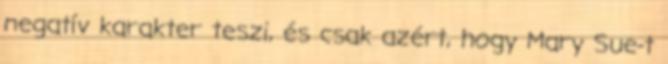
negatív karakter teszi, és csak azért, hogy Mary Sue-t